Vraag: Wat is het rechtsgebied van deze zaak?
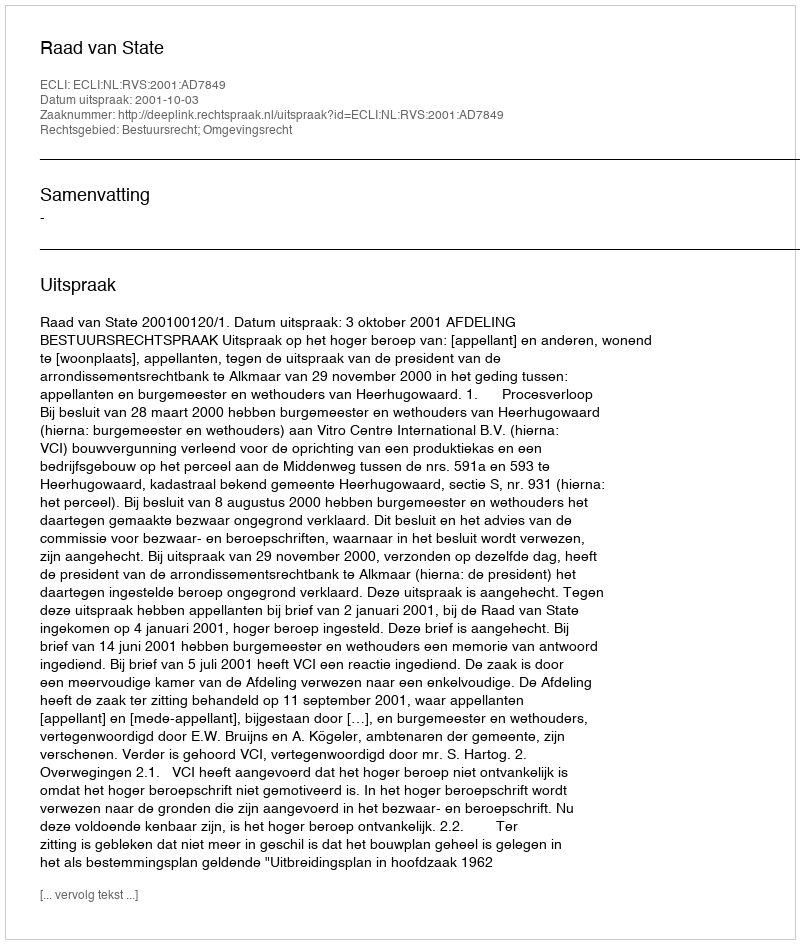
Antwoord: Bestuursrecht; Omgevingsrecht